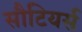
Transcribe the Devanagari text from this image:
सौटियर्स